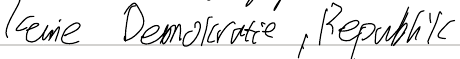
keine Demokratie, Republik